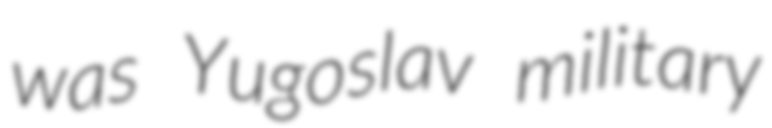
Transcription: was Yugoslav military